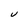
Character: V